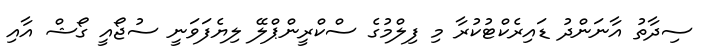
ސިދާތު އާނަންދު ޑައިރެކްޓުކުރާ މި ފިލްމުގެ ސްކްރީންޕްލޭ ލިޔެފަވަނީ ސުޖޯއީ ގޯޝް އާއި